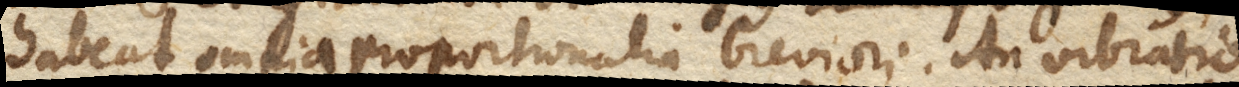
habeat omnia proportionalia breviori. An vibratio